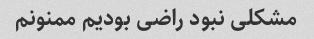
مشکلی نبود راضی بودیم ممنونم